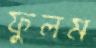
ফুলম